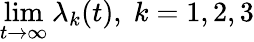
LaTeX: \operatorname*{lim}_{t\to\infty}\lambda_{k}(t),\; k=1,2,3